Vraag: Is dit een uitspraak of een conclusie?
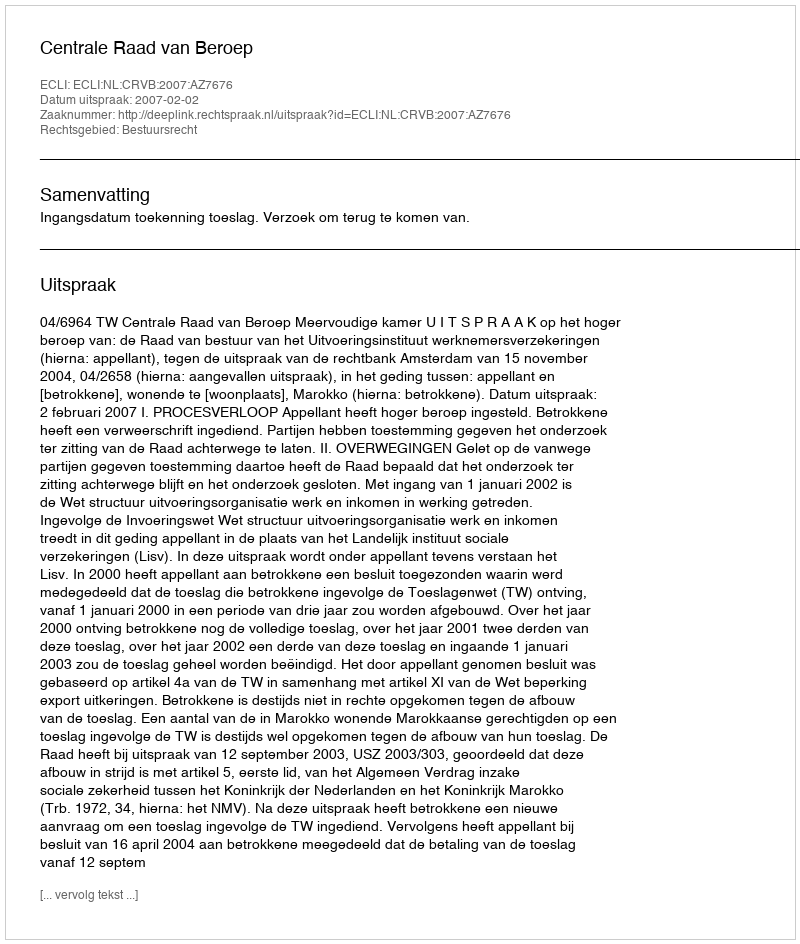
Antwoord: Uitspraak